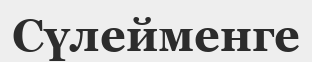
Сүлейменге